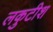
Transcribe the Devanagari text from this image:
लकुटीश